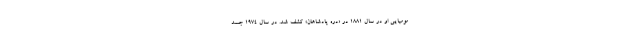
مومیایی او در سال ۱۸۸۱ در «دره پادشاهان» کشف شد. در سال ۱۹۷۴ جسد